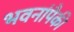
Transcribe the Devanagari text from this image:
भवनांपैकी